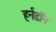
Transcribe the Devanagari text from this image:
हर्नडॉन